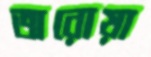
অরোয়া